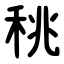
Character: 䄻